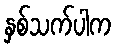
နှစ်သက်ပါက